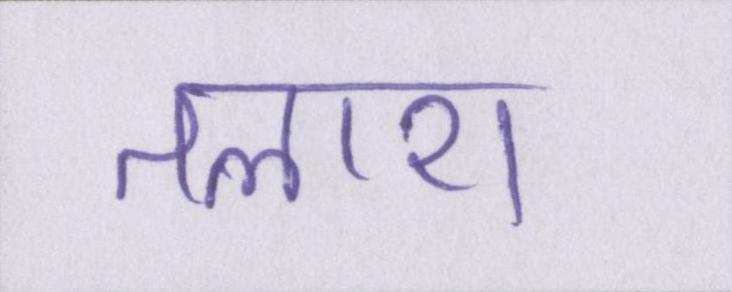
तलाश